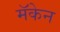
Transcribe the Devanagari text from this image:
मॅकेन